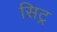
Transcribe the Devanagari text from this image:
सिट्र